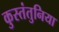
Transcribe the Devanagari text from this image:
कुस्तंतुनिया